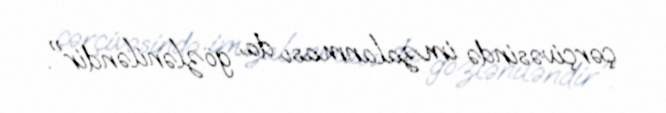
çərçivəsində imzalanması da gözləniləndir".